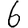
Digit: 6